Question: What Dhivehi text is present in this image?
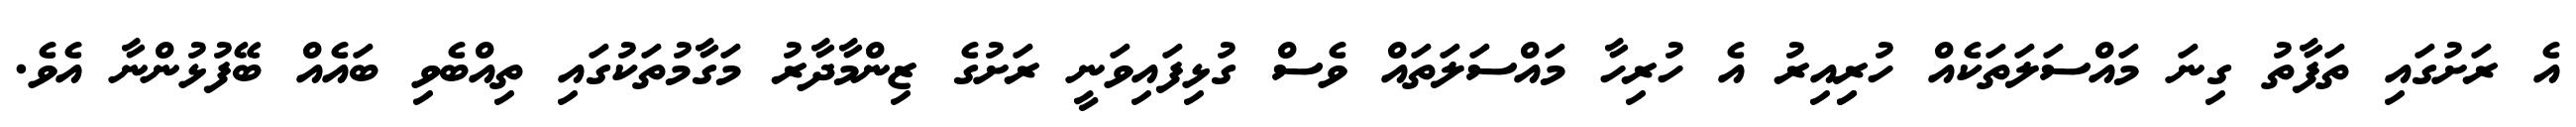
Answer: އެ ރަށުގައި ތަފާތު ގިނަ މައްސަލަތަކެއް ހުރިިއިރު އެ ހުރިހާ މައްސަލަތައް ވެސް ގުޅިފައިވަނީ ރަށުގެ ޒިންމާދާރު މަގާމުތަކުގައި ތިއްބެވި ބައެއް ބޭފުޅުންނާ އެވެ.